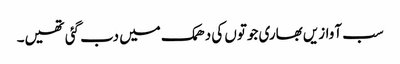
سب آوازیں بھاری جوتوں کی دھمک میں دب گئی تھیں۔